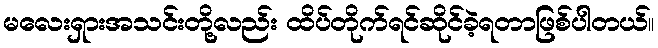
မလေးရှားအသင်းတို့လည်း ထိပ်တိုက်ရင်ဆိုင်ခဲ့ရတာဖြစ်ပါတယ်။